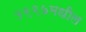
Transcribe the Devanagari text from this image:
१९९७मधील